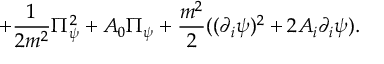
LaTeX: + { \frac { 1 } { 2 m ^ { 2 } } } \Pi _ { \psi } ^ { 2 } + A _ { 0 } \Pi _ { \psi } + { \frac { m ^ { 2 } } { 2 } } ( ( \partial _ { i } \psi ) ^ { 2 } + 2 A _ { i } \partial _ { i } \psi ) .